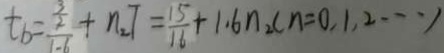
t _ { b } = \frac { \frac { 3 } { 2 } } { 1 - 6 } + n _ { 2 } T = \frac { 1 5 } { 1 6 } + 1 . 6 n _ { 2 } c n = 0 , 1 , 2 \cdots 1